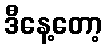
ဒီနေ့တော့